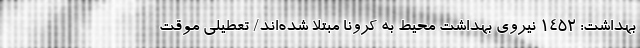
بهداشت: ۱۴۵۲ نیروی بهداشت محیط به کرونا مبتلا شده‌اند/ تعطیلی موقت